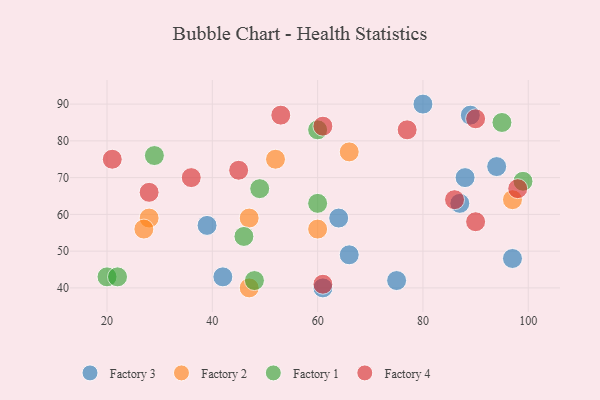
{"axis": {"x": "GDP", "y": "Life Expectancy"}, "legend": ["Factory 1", "Factory 2", "Factory 3", "Factory 4"], "data": [{"x": "97", "y": 48, "type": "Factory 3"}, {"x": "42", "y": 43, "type": "Factory 3"}, {"x": "61", "y": 40, "type": "Factory 3"}, {"x": "75", "y": 42, "type": "Factory 3"}, {"x": "80", "y": 90, "type": "Factory 3"}, {"x": "87", "y": 63, "type": "Factory 3"}, {"x": "64", "y": 59, "type": "Factory 3"}, {"x": "94", "y": 73, "type": "Factory 3"}, {"x": "39", "y": 57, "type": "Factory 3"}, {"x": "89", "y": 87, "type": "Factory 3"}, {"x": "88", "y": 70, "type": "Factory 3"}, {"x": "66", "y": 49, "type": "Factory 3"}, {"x": "47", "y": 59, "type": "Factory 2"}, {"x": "47", "y": 40, "type": "Factory 2"}, {"x": "66", "y": 77, "type": "Factory 2"}, {"x": "60", "y": 56, "type": "Factory 2"}, {"x": "97", "y": 64, "type": "Factory 2"}, {"x": "52", "y": 75, "type": "Factory 2"}, {"x": "28", "y": 59, "type": "Factory 2"}, {"x": "27", "y": 56, "type": "Factory 2"}, {"x": "46", "y": 54, "type": "Factory 1"}, {"x": "49", "y": 67, "type": "Factory 1"}, {"x": "29", "y": 76, "type": "Factory 1"}, {"x": "95", "y": 85, "type": "Factory 1"}, {"x": "20", "y": 43, "type": "Factory 1"}, {"x": "99", "y": 69, "type": "Factory 1"}, {"x": "60", "y": 83, "type": "Factory 1"}, {"x": "60", "y": 63, "type": "Factory 1"}, {"x": "22", "y": 43, "type": "Factory 1"}, {"x": "48", "y": 42, "type": "Factory 1"}, {"x": "53", "y": 87, "type": "Factory 4"}, {"x": "98", "y": 67, "type": "Factory 4"}, {"x": "28", "y": 66, "type": "Factory 4"}, {"x": "61", "y": 84, "type": "Factory 4"}, {"x": "45", "y": 72, "type": "Factory 4"}, {"x": "61", "y": 41, "type": "Factory 4"}, {"x": "77", "y": 83, "type": "Factory 4"}, {"x": "90", "y": 86, "type": "Factory 4"}, {"x": "86", "y": 64, "type": "Factory 4"}, {"x": "36", "y": 70, "type": "Factory 4"}, {"x": "90", "y": 58, "type": "Factory 4"}, {"x": "21", "y": 75, "type": "Factory 4"}]}